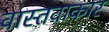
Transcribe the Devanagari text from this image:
वास्तवाकार